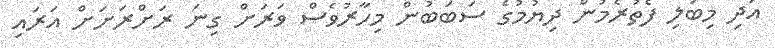
އަދި މިބަލި ފެތުރެމުން ދިޔުމުގެ ސަބަބުން މިހާރުވެސް ވަރަށް ގިނަ ރަށްރަށަށް އަރައި